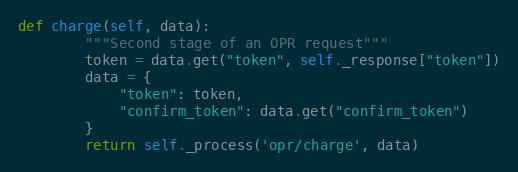
Language: Python
def charge(self, data):
        """Second stage of an OPR request"""
        token = data.get("token", self._response["token"])
        data = {
            "token": token,
            "confirm_token": data.get("confirm_token")
        }
        return self._process('opr/charge', data)